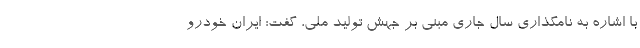
با اشاره به نامگذاری سال جاری مبنی بر جهش تولید ملی، گفت: ایران خودرو